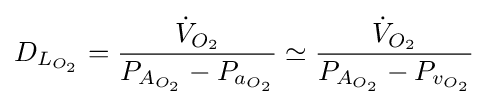
D_{L_{O_{2}}}={\frac {{\dot {V}}_{O_{2}}}{P_{A_{O_{2}}}-P_{a_{O_{2}}}}}\simeq {\frac {{\dot {V}}_{O_{2}}}{P_{A_{O_{2}}}-P_{v_{O_{2}}}}}